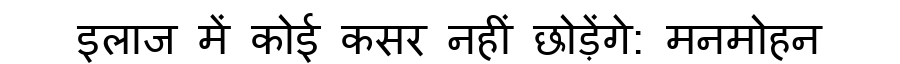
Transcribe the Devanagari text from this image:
इलाज में कोई कसर नहीं छोड़ेंगे: मनमोहन